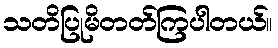
သတိပြုမိတတ်ကြပါတယ်။